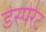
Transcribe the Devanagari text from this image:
डेस्पेरेट